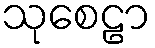
သုစေဠာ